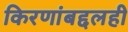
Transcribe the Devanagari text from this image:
किरणांबद्दलही